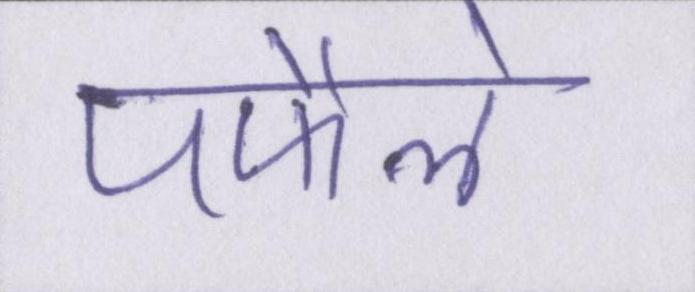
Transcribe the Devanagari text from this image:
पफैले